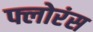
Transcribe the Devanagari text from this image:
फ्लोरंस